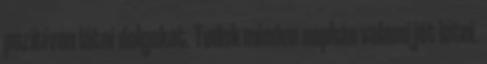
pozitívan látni dolgokat. Tudok minden napban valami jót látni.